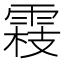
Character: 𬯾